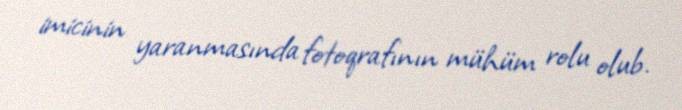
imicinin yaranmasında fotoqrafının mühüm rolu olub.